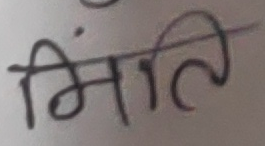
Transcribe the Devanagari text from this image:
मिति